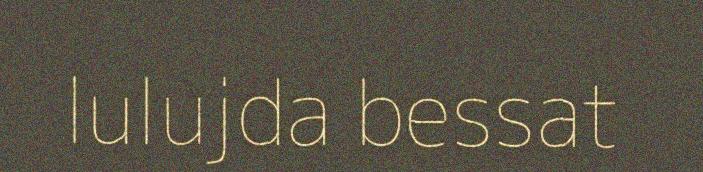
lulujda bessat